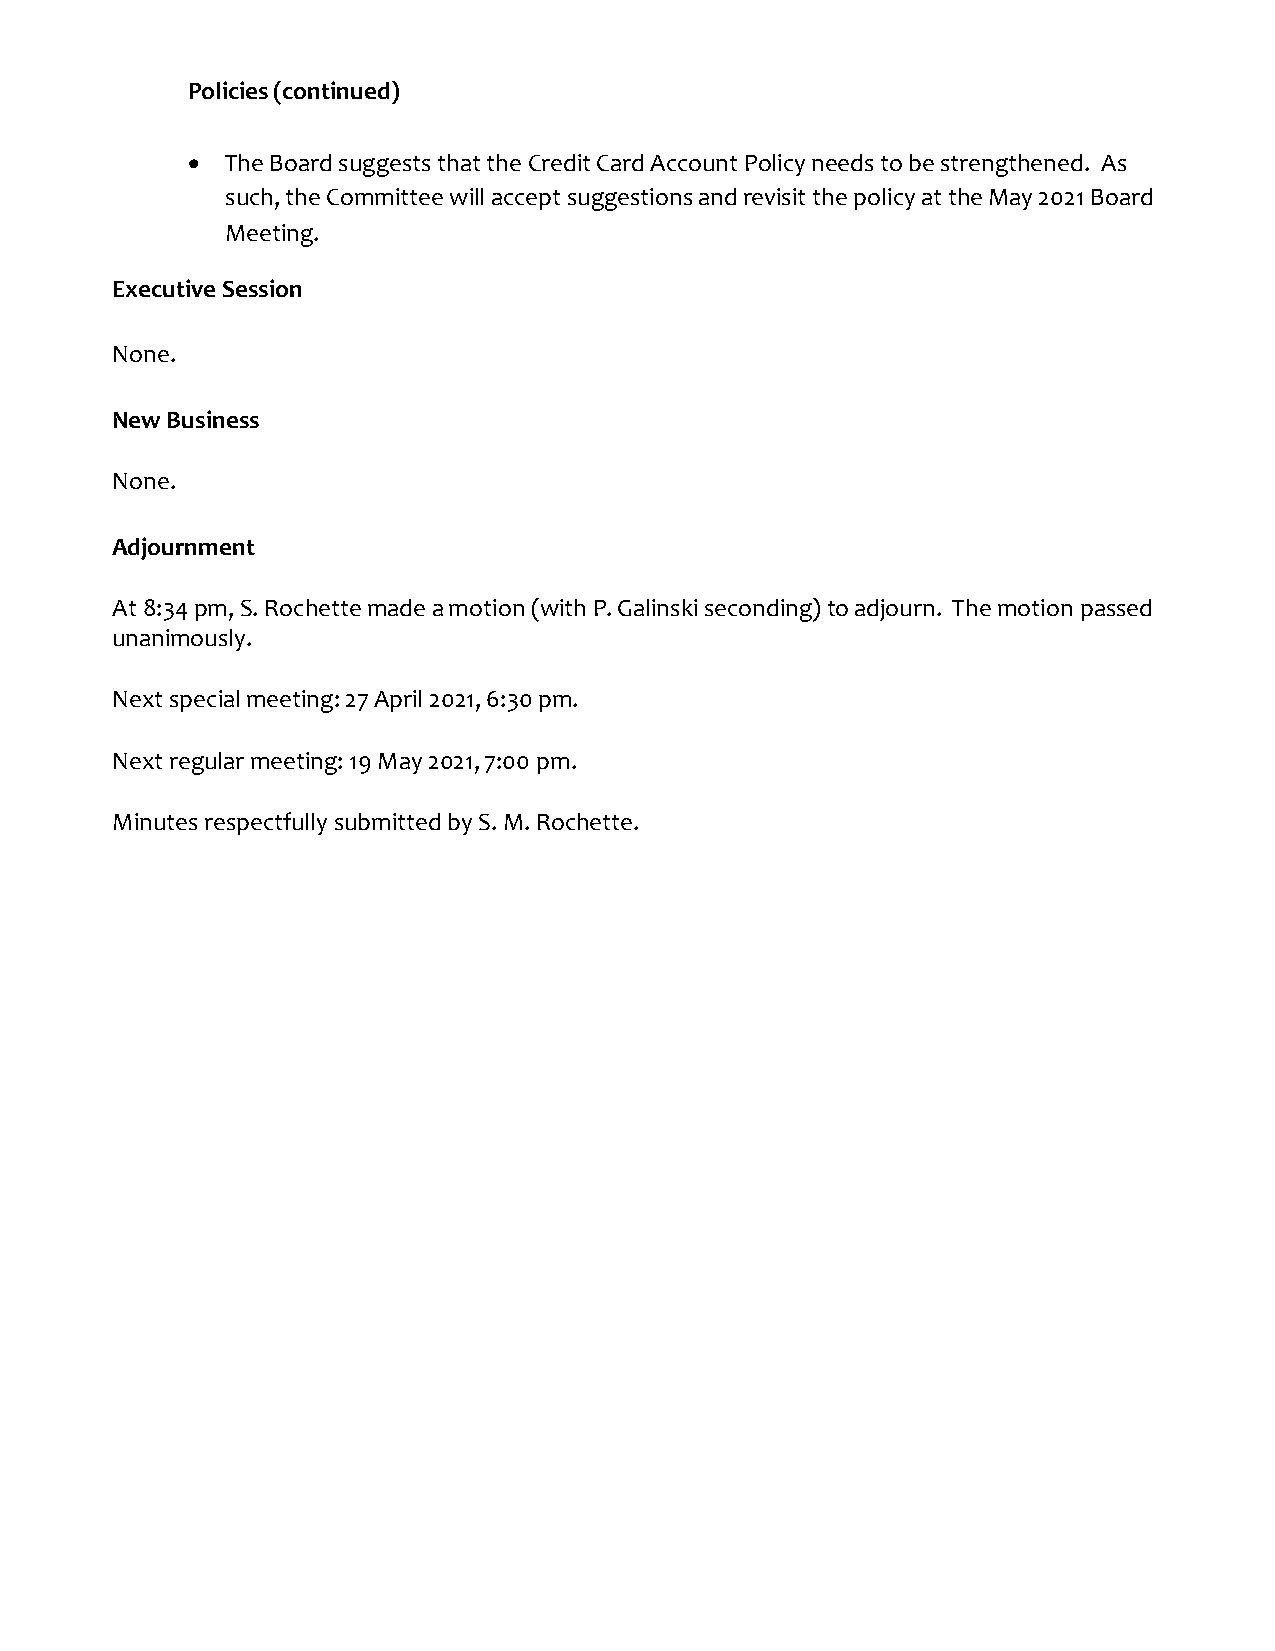
Policies (continued)
 •  The Board suggests that the Credit Card Account Policy needs to be strengthened. As
 such, the Committee will accept suggestions and revisit the policy at the May 2021 Board
 Meeting.
 Executive Session
 None.
 New Business
 None.
 Adjournment
 At 8:34 pm, S. Rochette made a motion (with P. Galinski seconding) to adjourn. The motion passed
 unanimously.
 Next special meeting: 27 April 2021, 6:30 pm.
 Next regular meeting: 19 May 2021, 7:00 pm.
 Minutes respectfully submitted by S. M. Rochette.